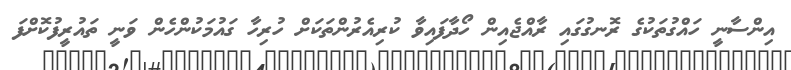
އިންސާނީ ހައްގުތަކުގެ ރޮނގުގައި ރާއްޖެއިން ހޯދާފައިވާ ކުރިއެރުންތަކަށް ހުރިހާ ގައުމަކުންހެން ވަނީ ތައުރީފުކޮށްފަ